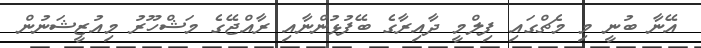
އޭނާ ބުނީ މި މެޗްގައި ފިލްމީ ދާއިރާގެ ބޭފުޅުންނާއި ރާއްޖޭގެ މަޝްހޫރު މިއުޒީޝަނުން